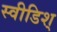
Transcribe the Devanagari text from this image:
स्वीडिश्